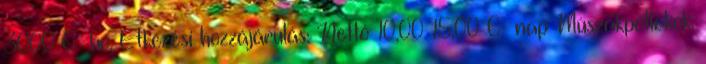
3000 € hó. Étkezési hozzájárulás: Nettó 10,00 15,00 € nap Mûszakpótlékok: